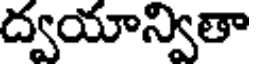
ద్వయాన్వితా